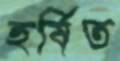
হর্ষিত